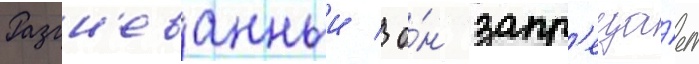
Разгн'еванныи / о́н запр'еща́ет